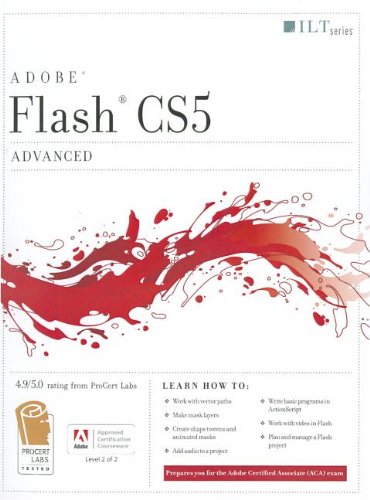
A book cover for Flash CS5: Advanced, ACA Edition [With CDROM] (ILT); Computers & Technology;